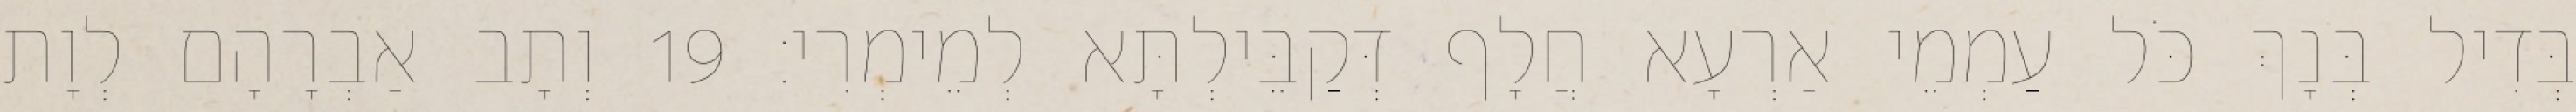
בְּדִיל בְּנָךְ כֹּל עַמְמֵי אַרְעָא חֲלָף דְּקַבֵּילְתָּא לְמֵימְרִי׃ 19 וְתָב אַבְרָהָם לְוָת